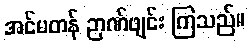
အင်မတန် ဉာဏ်ဖျင်း ကြသည်။